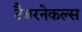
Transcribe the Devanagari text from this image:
टैबरनेकल्स